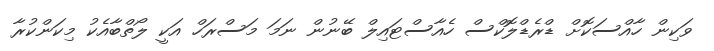
ވަކިން ހާއްސަކޮށް ޑްރެޑްލޮކްސް ހެއާސްޓައިލް ބޭނުން ނަމަ މަސްރަހް އަކީ ލޯތްބާއެކު މިކަންކުރާ